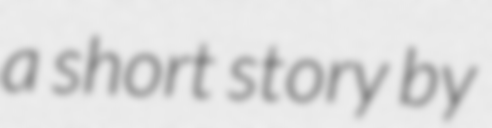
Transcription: a short story by